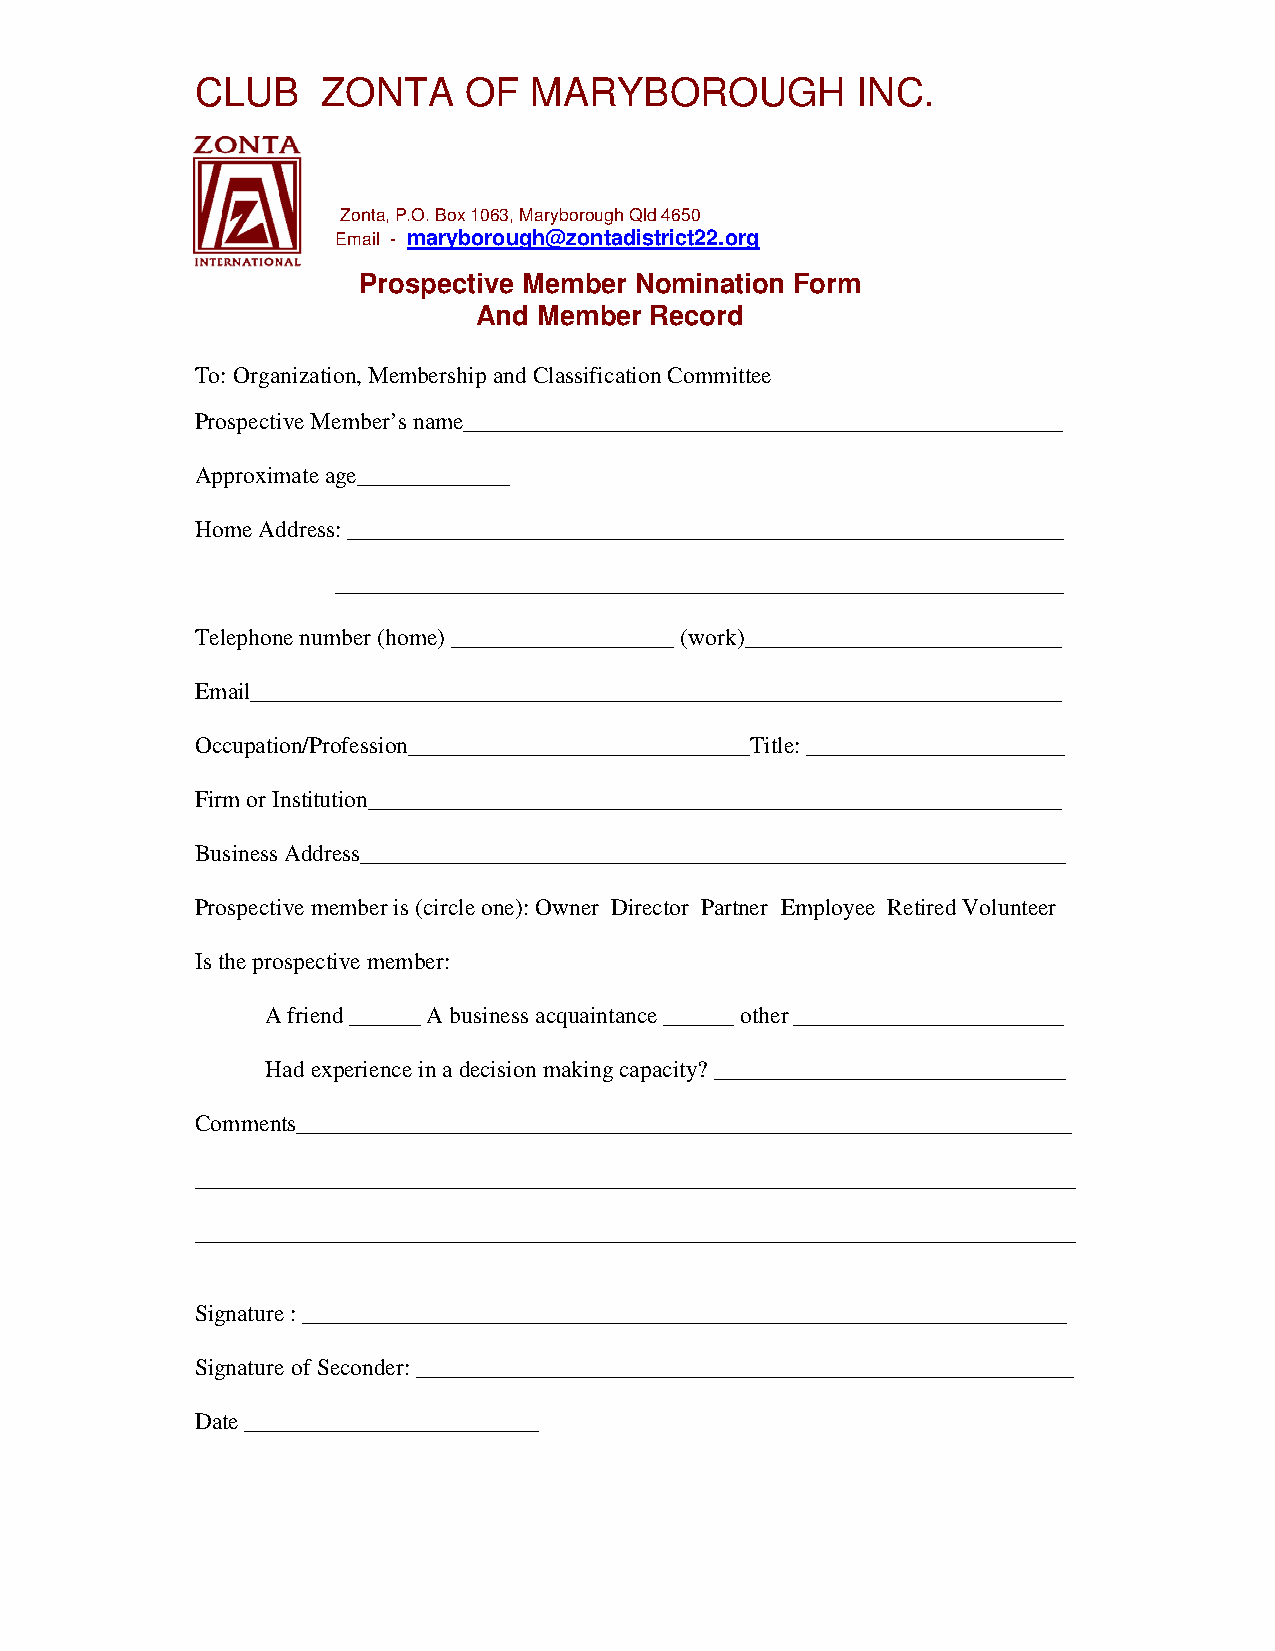
CLUB    ZONTA     OF  MARYBOROUGH           INC.
 Zonta, P.O. Box 1063, Maryborough Qld 4650
 or email: Email - maryborough@zontadistrict22.org
 Prospective Member Nomination Form
 And Member Record
 To: Organization, Membership and Classification Committee
 Prospective Member’s name___________________________________________________
 Approximate age_____________
 Home Address: _____________________________________________________________
 ______________________________________________________________
 Telephone number (home) ___________________ (work)___________________________
 Email_____________________________________________________________________
 Occupation/Profession_____________________________Title: ______________________
 Firm or Institution___________________________________________________________
 Business Address____________________________________________________________
 Prospective member is (circle one): Owner Director Partner Employee Retired Volunteer
 Is the prospective member:
 A friend ______ A business acquaintance ______ other _______________________
 Had experience in a decision making capacity? ______________________________
 Comments__________________________________________________________________
 ___________________________________________________________________________
 ___________________________________________________________________________
 Signature : _________________________________________________________________
 Signature of Seconder: ________________________________________________________
 Date _________________________